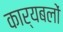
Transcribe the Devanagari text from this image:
कार्यबलों